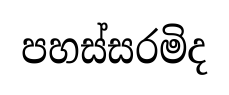
පහස්සරමිද